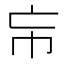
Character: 㠵